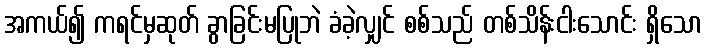
အကယ်၍ ကရင်မှဆုတ် ခွာခြင်းမပြုဘဲ ခံခဲ့လျှင် စစ်သည် တစ်သိန်းငါးသောင်း ရှိသော